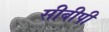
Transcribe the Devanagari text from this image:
सीबीपी